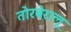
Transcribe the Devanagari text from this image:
तोरबेरालू